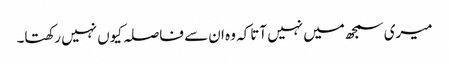
میری سمجھ میں نہیں آتاکہ وہ ان سے فاصلہ کیوں نہیں رکھتا۔